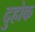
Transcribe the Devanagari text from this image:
दुहोक